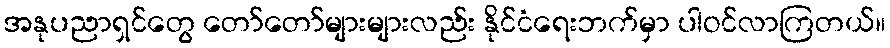
အနုပညာရှင်တွေ တော်တော်များများလည်း နိုင်ငံရေးဘက်မှာ ပါဝင်လာကြတယ်။